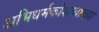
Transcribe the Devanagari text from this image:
अभिधर्मकोशव्याख्या